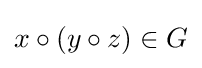
x\circ (y\circ z)\in G